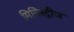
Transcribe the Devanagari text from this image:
मिनिस्ट्रीज